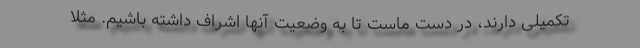
تکمیلی دارند، در دست ماست تا به وضعیت آنها اشراف داشته باشیم. مثلا